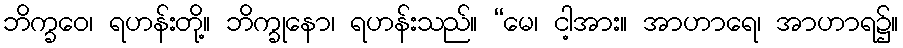
ဘိက္ခဝေ၊ ရဟန်းတို့။ ဘိက္ခုနော၊ ရဟန်းသည်။ “မေ၊ ငါ့အား။ အာဟာရေ၊ အာဟာရ၌။